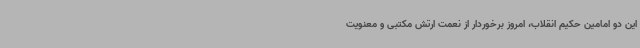
این دو امامین حکیم انقلاب، امروز برخوردار از نعمت ارتش مکتبی و معنویت